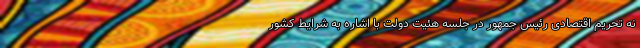
نه تحریم اقتصادی رئیس جمهور در جلسه هئیت دولت با اشاره به شرایط کشور